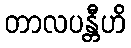
တာလပန္တီဟိ